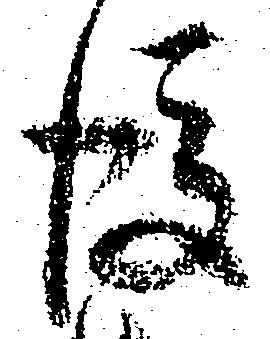
後